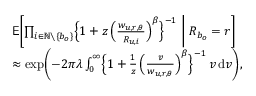
\begin{array} { r l } & { \mathsf { E } \biggl [ \prod _ { i \in \mathbb { N } \setminus \{ b _ { o } \} } \Bigl \{ 1 + z \, \Bigl ( \frac { w _ { u , r , \theta } } { R _ { u , i } } \Bigr ) ^ { \beta } \Bigr \} ^ { - 1 } \biggm | R _ { b _ { o } } = r \biggr ] } \\ & { \approx \exp \biggl ( - 2 \pi \lambda \int _ { 0 } ^ { \infty } \Bigl \{ 1 + \frac { 1 } { z } \, \Bigl ( \frac { v } { w _ { u , r , \theta } } \Bigr ) ^ { \beta } \Bigr \} ^ { - 1 } \, v \, \mathrm { d } v \biggr ) , } \end{array}